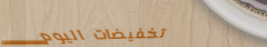
تخفيضات اليوم